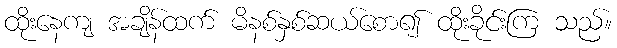
ထိုးနေကျ အချိန်ထက် မိနစ်နှစ်ဆယ်စော၍ ထိုးခိုင်းကြ သည်။